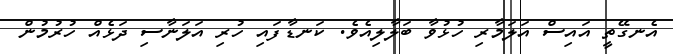
އެނގޭތީ އައިސް އަލަމާރި ހުޅުވާ ބަލާލިއެވެ. ކަނޑާފައި ހުރި އަލަނާސި ދަޅެއް ހުރުމުން